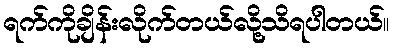
ရက်ကိုချိန်းလိုက်တယ်လို့သိရပါတယ်။